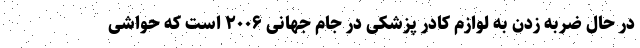
در حال ضربه زدن به لوازم کادر پزشکی در جام جهانی ۲۰۰۶ است که حواشی